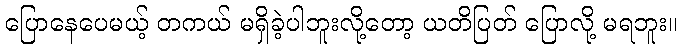
ပြောနေပေမယ့် တကယ် မရှိခဲ့ပါဘူးလို့တော့ ယတိပြတ် ပြောလို့ မရဘူး။